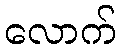
လောက်